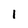
Character: 1